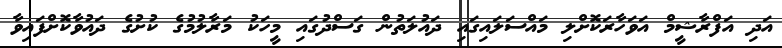
އަދި އަފްރާޝީމް އަވަހާރަކޮށްލި މައްސަލައިގައި ދައުލަތުން ގަސްދުގައި މީހަކު މަރާލުމުގެ ކުށުގެ ދައުވާކޮށްފައިވާ